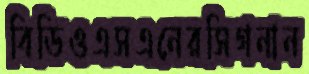
বিডিওএসএনেরসিগনান